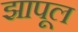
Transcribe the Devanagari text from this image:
झापूल